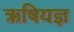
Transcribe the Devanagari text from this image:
ऋषियज्ञ